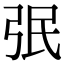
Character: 㢯